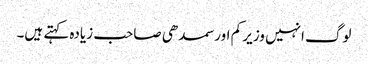
لوگ انہیں وزیر کم اور سمدھی صاحب زیادہ کہتے ہیں۔